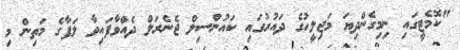
"ކޮމެޓީގައި ނިމިގެންދިޔަ މަޖިލީހުގެ ދައުރުގައި ކައުންސިލް ޖެނެރަލް ދެއްވާފައިވާ ލަފާގެ މަތިން މި